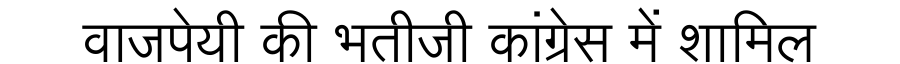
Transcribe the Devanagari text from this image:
वाजपेयी की भतीजी कांग्रेस में शामिल